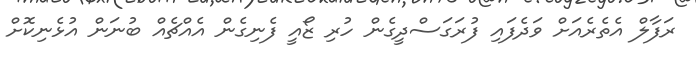
ރަފާލް އެތެރެއަށް ވަދެފައި ފުރަގަސްދީގެން ހުރި ޒޯއީ ފެނިގެން އެއްޗެއް ބުނަން އުޅެނިކޮށް